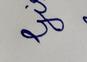
Signature authenticity: forged